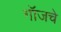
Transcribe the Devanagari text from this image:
गॉजचे